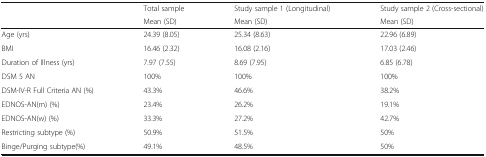
<table><thead><tr><td rowspan="2"></td><td><b>Total sample</b></td><td><b>Study sample 1 (Longitudinal)</b></td><td><b>Study sample 2 (Cross-sectional)</b></td></tr><tr><td><b>Mean (SD)</b></td><td><b>Mean (SD)</b></td><td><b>Mean (SD)</b></td></tr></thead><tbody><tr><td>Age (yrs)</td><td>24.39 (8.05)</td><td>25.34 (8.63)</td><td>22.96 (6.89)</td></tr><tr><td>BMI</td><td>16.46 (2.32)</td><td>16.08 (2.16)</td><td>17.03 (2.46)</td></tr><tr><td>Duration of Illness (yrs)</td><td>7.97 (7.55)</td><td>8.69 (7.95)</td><td>6.85 (6.78)</td></tr><tr><td>DSM 5 AN</td><td>100%</td><td>100%</td><td>100%</td></tr><tr><td>DSM-IV-R Full Criteria AN (%)</td><td>43.3%</td><td>46.6%</td><td>38.2%</td></tr><tr><td>EDNOS-AN(m) (%)</td><td>23.4%</td><td>26.2%</td><td>19.1%</td></tr><tr><td>EDNOS-AN(w) (%)</td><td>33.3%</td><td>27.2%</td><td>42.7%</td></tr><tr><td>Restricting subtype (%)</td><td>50.9%</td><td>51.5%</td><td>50%</td></tr><tr><td>Binge/Purging subtype(%)</td><td>49.1%</td><td>48.5%</td><td>50%</td></tr></tbody></table>